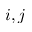
i , j